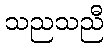
သညသညီ